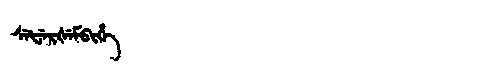
Manchu: ᠰᡝᡶᡝᡵᡧᡝᠮᠪᡳᡥᡝ
Romanization: SEFERŠEMBIHE